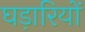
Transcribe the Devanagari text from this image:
घड़ारियों